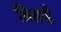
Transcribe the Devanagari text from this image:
जिलाहै